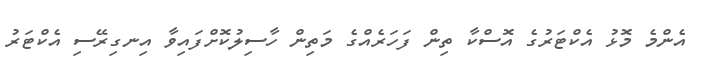
އެންމެ މޮޅު އެކްޓަރުގެ އޮސްކާ ތިން ފަހަރެއްގެ މަތިން ހާސިލުކޮށްފައިވާ އިނގިރޭސި އެކްޓަރު